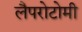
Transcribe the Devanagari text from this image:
लैपरोटोमी